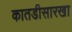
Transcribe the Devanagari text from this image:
कातडीसारखा